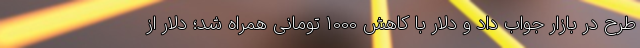
طرح در بازار جواب داد و دلار با کاهش 1000 تومانی همراه شد؛ دلار از